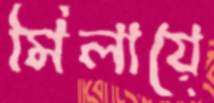
মিলায়ে